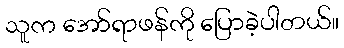
သူက အော်ရာဖန်ကို ပြောခဲ့ပါတယ်။